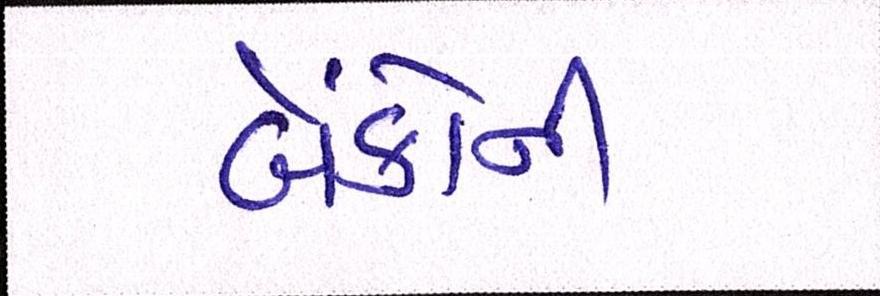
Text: બેંકોની